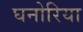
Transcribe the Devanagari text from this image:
घनोरिया